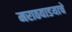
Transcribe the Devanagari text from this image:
मराठवाडयाचे